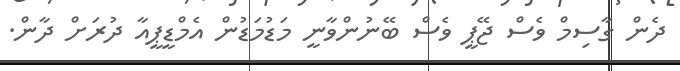
ދެން ގާސިމް ވެސް ޖޭޕީ ވެސް ބޭނުންވާނީ މަޑުމަޑުން އެމްޑީޕީއާ ދުރަށް ދާން.